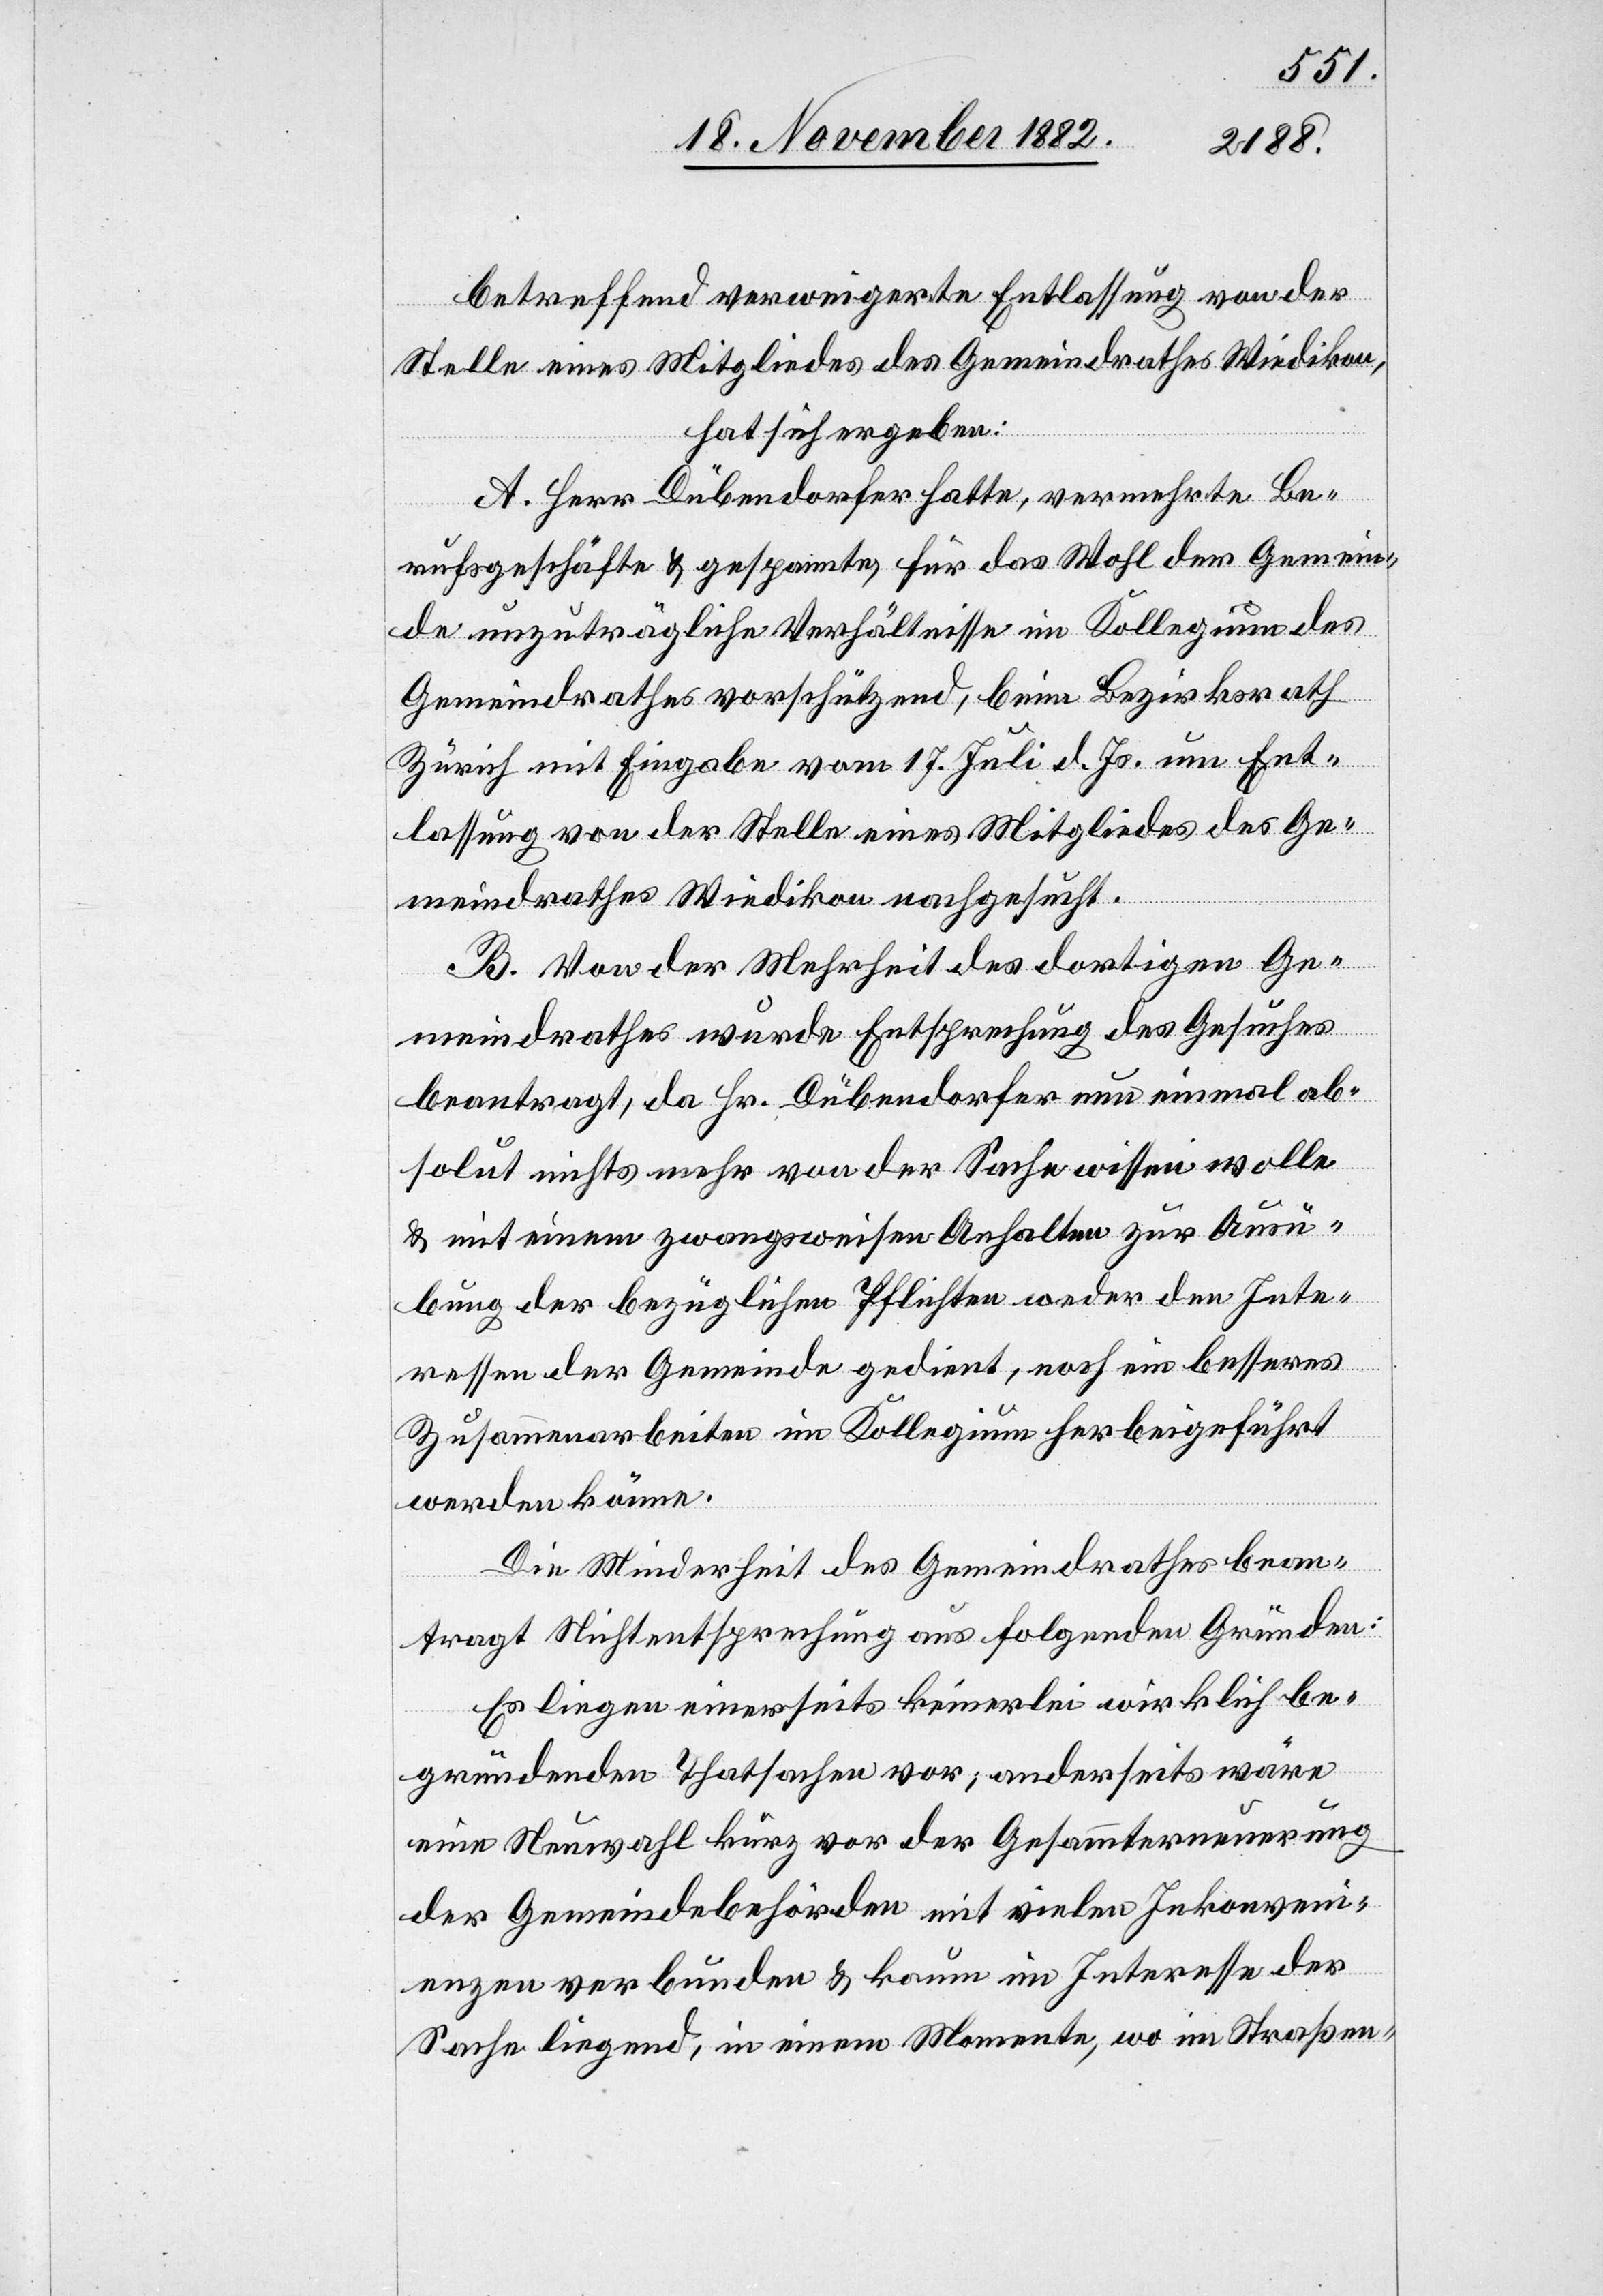
betreffend verweigerte Entlassung von der
Stelle eines Mitgliedes des Gemeindrathes Wiedikon,
hat sich ergeben:
A. Herr Dübendorfer hatte, vermehrte Be¬
rufsgeschäfte & gespannte, für das Wohl der Gemein¬
de unzuträgliche Verhältnisse im Kollegium des
Gemeindrathes vorschützend, beim Bezirksrath
Zürich mit Eingabe vom 17. Juli d. Js. um Ent¬
lassung von der Stelle eines Mitgliedes des Ge¬
meindrathes Wiedikon nachgesucht.
B. Von der Mehrheit des dortigen Ge¬
meindrathes wurde Entsprechung des Gesuches
beantragt, da Hr. Dübendorfer nun einmal ab¬
solut nichts mehr von der Sache wissen wolle
& mit einem zwangsweisen Anhalten zur Ausü¬
bung der bezüglichen Pflichten weder den Inte¬
ressen der Gemeinde gedient, noch ein besseres
Zusammenarbeiten im Kollegium herbeigeführt
werden könne.
Die Minderheit des Gemeindrathes bean¬
tragt Nichtentsprechung aus folgenden Gründen:
Es liegen einerseits keinerlei wirklich be¬
gründenden Thatsachen vor; anderseits wäre
eine Neuwahl kurz vor der Gesammterneuerung
der Gemeindebehörden mit vielen Inkonveni¬
enzen verbunden & kaum im Interesse der
Sache liegend, in einem Momente, wo im Straßen-